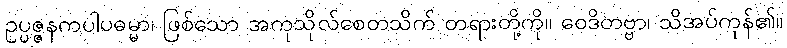
ဥပ္ပဇ္ဇနကပါပဓမ္မာ၊ ဖြစ်သော အကုသိုလ်စေတသိက် တရားတို့ကို။ ဝေဒိတဗ္ဗာ၊ သိအပ်ကုန်၏။